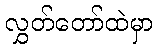
လွှတ်တော်ထဲမှာ